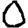
Digit: 0